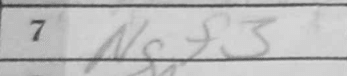
Transcription: Ngf3